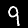
Label: 9